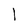
Character: l